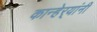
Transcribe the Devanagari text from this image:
कान्हेर्‍यांनी